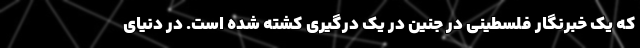
که یک خبرنگار فلسطینی در جنین در یک درگیری کشته شده است. در دنیای